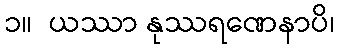
၁။  ယဿာ နုဿရဏေနာပိ၊